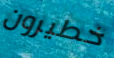
خطيرون